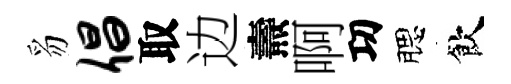
豸倡取边燾啊㓛腮飲